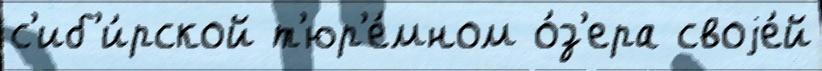
с'иб'и́рской т'юр'е́мном о́з'ера своjе́й